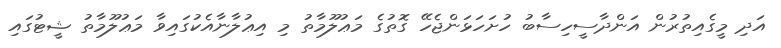
އަދި މީގެއިތުރުން އަންދާސީހިސާބު ހުށަހަޅަންޖެހޭ ގޮތުގެ މަޢުލޫމާތު މި އިޢުލާނާއެކުގައިވާ މަޢުލޫމާތު ޝީޓުގައި